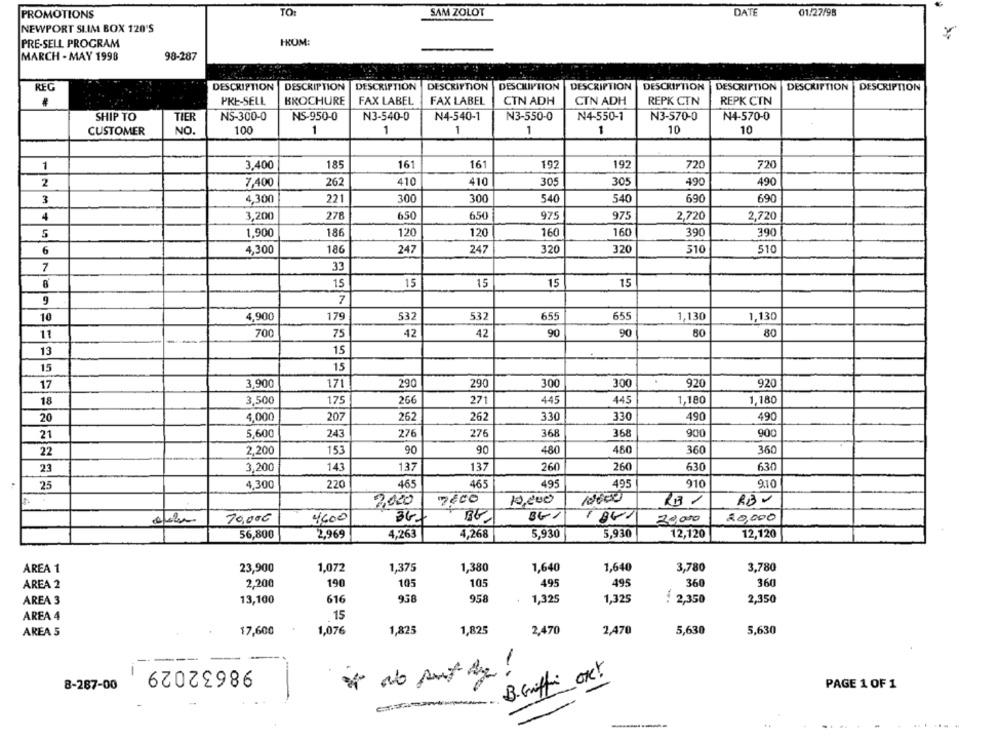
PROMOTIONS
TO:
SAM ZOLOT
DATE
01/27/98
NEWPORT SLIM BOX 120'S
PRE-SELL PROGRAM
FROM:
MARCH - MAY 1998
98-287
REG
DESCRIPTION
DESCRIPTION
DESCRIPTION
DESCRIPTION DESCRIPTION
DESCRIPTION
DESCRIPTION
DESCRIPTION DESCRIPTION DESCRIPTION
PRE-SELL
BROCHURE
FAX LABEL
FAX LABEL
CIN ADH
CTN ADH
REPK CTN
REPK CTN
SHIP TO
TIER
NS-300-0
NS-950-0
N3-540-0
N4-540-1
N3-550-0
N4-550-1
N3-570-0
N4-570-0
CUSTOMER
NO.
100
1
1
1
1
1
10
10
185
161
161
192
192
1
3,400
720
720
2
7,400
262
410
410
305
305
490
490
3
4,300
221
300
300
540
540
690
690
4
3,200
278
650
650
975
975
2,720
2,720
120
5
1.900
186
120
160
160
390
390
6
4,300
186
247
247
320
320
510
510
7
33
15
15
15
15
15
9
7
10
4,900
179
532
532
655
655
1,130
1,130
11
700
75
42
42
90
90
80
80
13
15
15
15
17
3,900
171
290
290
300
300
920
920
18
3,500
175
266
271
445
445
1,180
1.180
207
330
20
4,000
262
262
330
490
490
368
21
5,600
243
276
276
368
900
900
22
2,200
153
90
90
480
450
360
360
23
3,200
143
137
137
260
260
630
630
25
4,300
220
465
465
495
495
910
9.10
2020
7:00
10,000
10000
RB V
70,00€
4600
347
BG
30,000
20,000
56,800
2,969
4,268
5,930
5,930
12,120
4,263
12,120
AREA 1
23,900
1,072
1,375
1,380
1,640
1,640
3,780
3,780
AREA 2
2,200
190
105
105
495
495
360
360
AREA 3
13,100
616
938
958
1,325
1,325
: 2,350
2,350
AREA 4
15
17,600
1,076
1,82
1,825
2,470
2,470
5,630
5,630
AREA 5
98632029
1
-
No put deg.
B.Gifti OR!
8-287-00
PAGE 1 OF 1